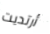
أرتديت